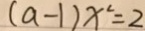
( a - 1 ) x ^ { 2 } = 2